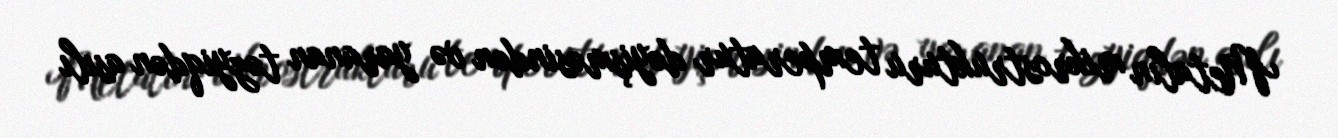
Metalın mikrostrukturu temperatur dəyişməsindən və yaranan təzyiqdən asılı